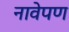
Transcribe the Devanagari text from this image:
नावेपण